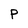
Character: p